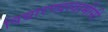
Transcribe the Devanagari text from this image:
विद्यारण्य़स्वामींनी